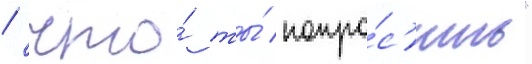
/ что́ ты́ попро́с'ишь"